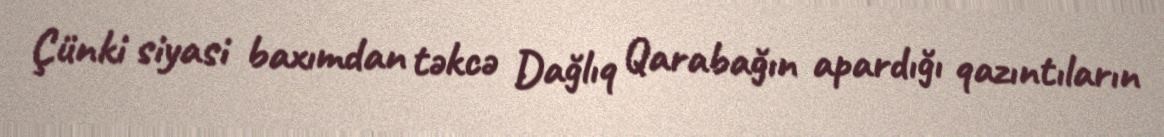
Çünki siyasi baxımdan təkcə Dağlıq Qarabağın apardığı qazıntıların